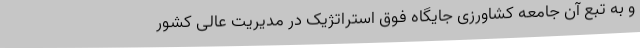
و به تبع آن جامعه کشاورزی جایگاه فوق استراتژیک در مدیریت عالی کشور